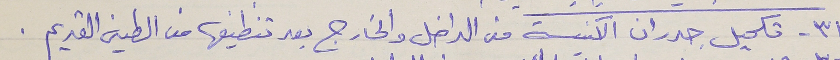
٣١ - تكميل جدران الكنيسة من الداخل والخارج بعد تنظيفها من الطين القديم .